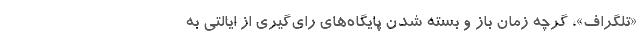
«تلگراف»، گرچه زمان باز و بسته شدن پایگاه‌های رای‌گیری از ایالتی به